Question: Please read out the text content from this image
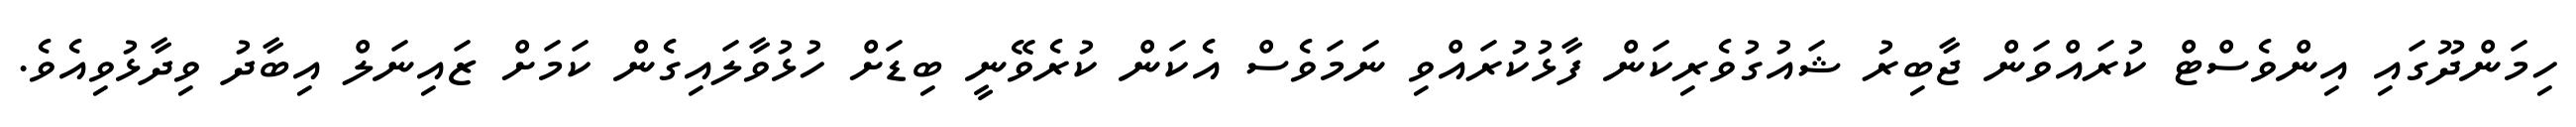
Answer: ހިމަންދޫގައި އިންވެސްޓް ކުރައްވަން ޖާބިރު ޝައުގުވެރިކަން ފާޅުކުރައްވި ނަމަވެސް އެކަން ކުރެވޭނީ ބިޑަށް ހުޅުވާލައިގެން ކަމަށް ޒައިނަލް އިބާދު ވިދާޅުވިއެވެ.